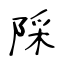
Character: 𨺉